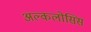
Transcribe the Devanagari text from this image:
अल्कलोसिस